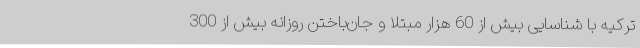
ترکیه با شناسایی بیش از 60 هزار مبتلا و جان‌باختن روزانه بیش از 300